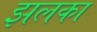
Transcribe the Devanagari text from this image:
झलका